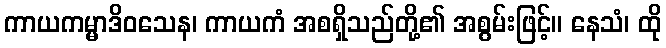
ကာယကမ္မာဒိဝသေန၊ ကာယကံ အစရှိသည်တို့၏ အစွမ်းဖြင့်။ နေသံ၊ ထို